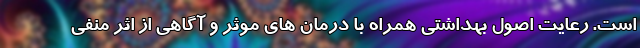
است. رعایت اصول بهداشتی همراه با درمان های موثر و آگاهی از اثر منفی